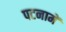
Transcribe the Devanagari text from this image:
पटनामें